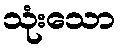
သုံးသော